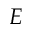
E